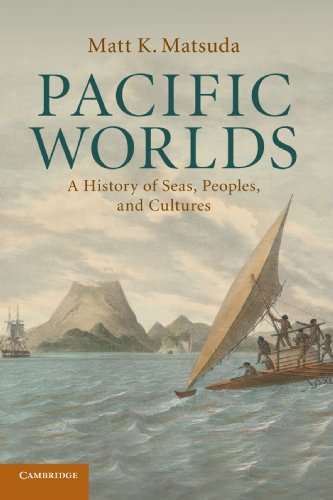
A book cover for Pacific Worlds: A History of Seas, Peoples, and Cultures; Matt K. Matsuda; History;